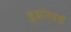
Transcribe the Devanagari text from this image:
बुझोल्डची